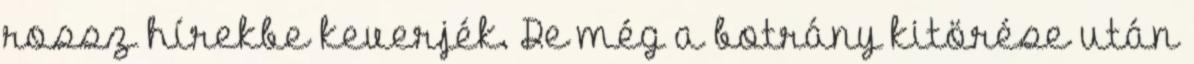
rossz hírekbe keverjék. De még a botrány kitörése után